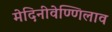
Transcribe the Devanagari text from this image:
मेदिनीवेण्णिलाव